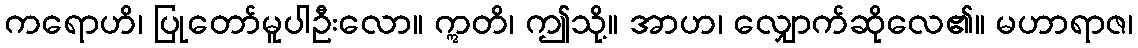
ကရောဟိ၊ ပြုတော်မူပါဦးလော။ ဣတိ၊ ဤသို့။ အာဟ၊ လျှောက်ဆိုလေ၏။ မဟာရာဇ၊